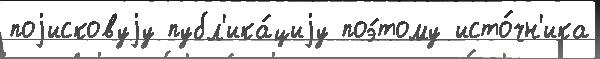
поjисковуjу публ'ика́циjу поэ́тому исто́чн'ика